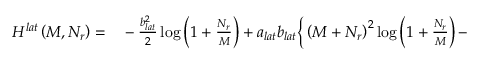
\begin{array} { r l } { H ^ { l a t } \left( M , N _ { r } \right) = } & { { } - \frac { b _ { l a t } ^ { 2 } } { 2 } \log \left( 1 + \frac { N _ { r } } { M } \right) + a _ { l a t } b _ { l a t } \bigg \{ \left( M + N _ { r } \right) ^ { 2 } \log \left( 1 + \frac { N _ { r } } { M } \right) - } \end{array}